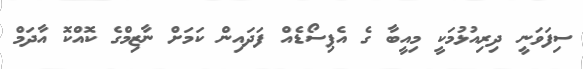
ސިފަވަނީ ދިރިއުޅުމަކީ މިއީބާ ގެ އެޕިސޯޑެއް ފަދައިން ކަމަށް ނާޒިމްގެ ކޮއްކޮ އާދަމް